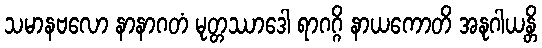
သမာနဗလော နာနာဂတံ မုတ္တဿာဒေါ ရာဂဂ္ဂိ နာယကောတိ အနုဂါယန္တိ